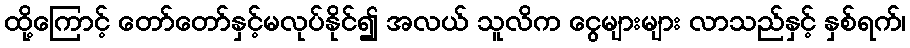
ထို့ကြောင့် တော်တော်နှင့်မလုပ်နိုင်၍ အလယ် သူလိက ငွေများများ လာသည်နှင့် နှစ်ရက်၊